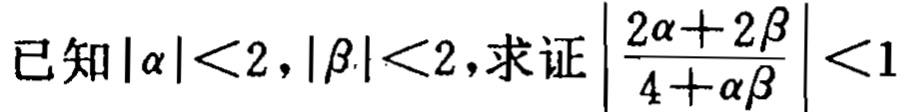
已知\(|\alpha |<2,|\beta |<2\)，求证\(\left|\frac{2\alpha + 2\beta}{4+\alpha\beta}\right|<1\)